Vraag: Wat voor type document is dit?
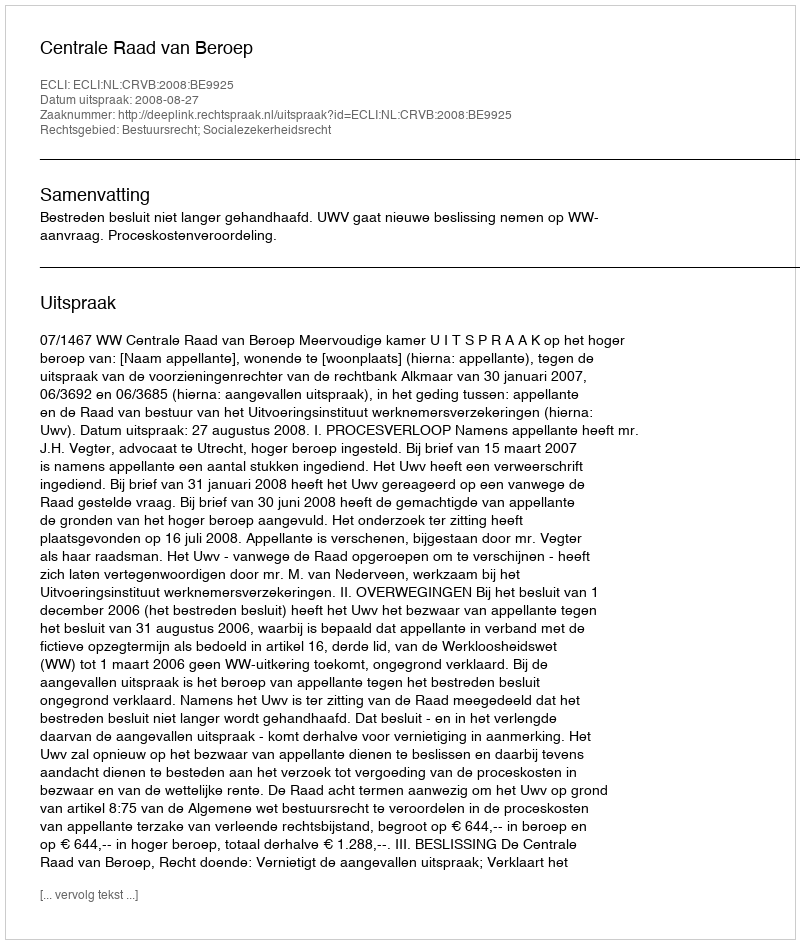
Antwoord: Uitspraak